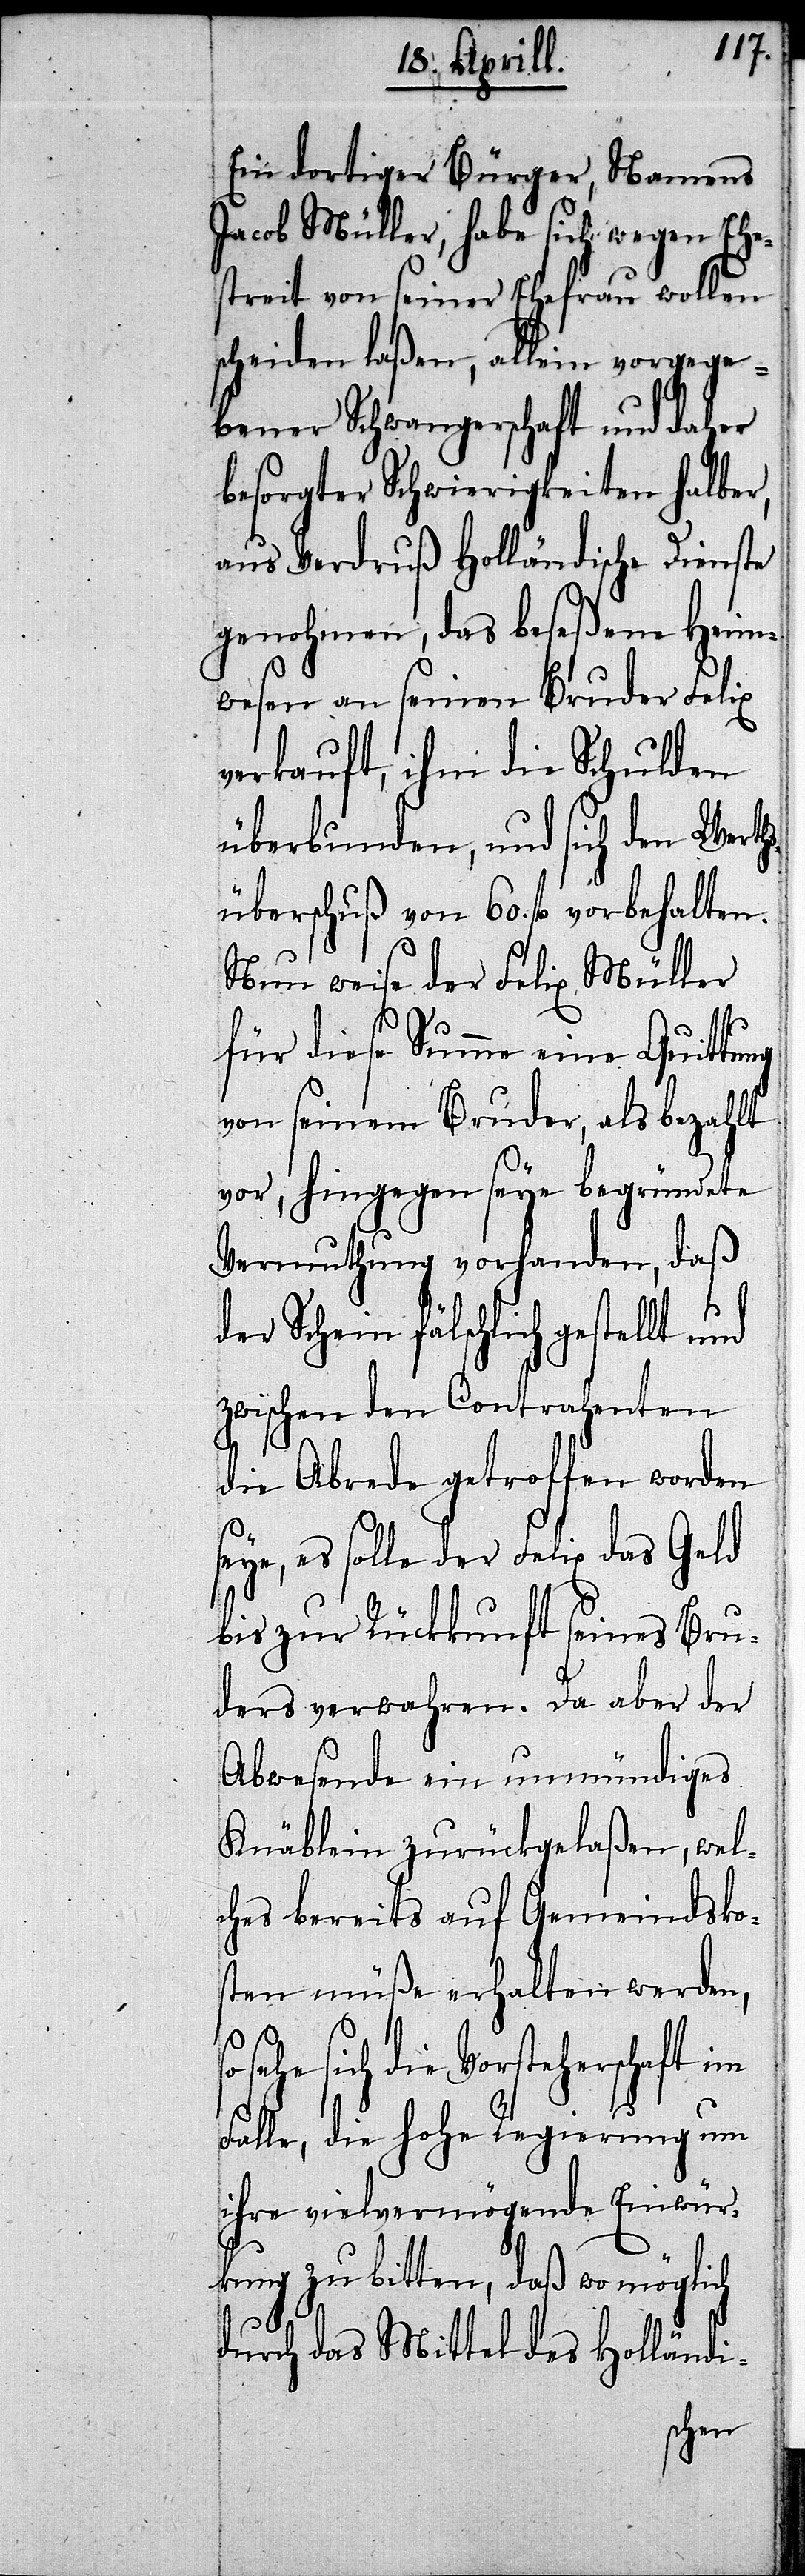
Ein dortiger Bürger, Namens
Jacob Müller, habe sich wegen Ehe¬
streit von seiner Ehefrau wollen
scheiden laßen, allein vorgege¬
bener Schwangerschaft und daher
besorgter Schwierigkeiten halber,
aus Verdruß Holländische Dienste
genohmen, das beseßene Heim¬
wesen an seinen Bruder Felix
verkauft, ihm die Schulden
überbunden, und sich den Werth¬
süberschuß von 60. fl. vorbehalten.
Nun weise der Felix Müller
für diese Summe eine Quittung
von seinem Bruder, als bezahlt
vor, hingegen seye begründete
Vermuthung vorhanden, daß
der Schein fälschlich gestellt
zwischen den Contrahenten
die Abrede getroffen worden
eye, es solle der Felix das Geld
bis zur Rückkunft seines Bru¬
ders verwahren. Da aber der
Abwesende ein unmündiges
Knäblein zurückgelaßen, wel¬
ches bereits auf Gemeindsko¬
sten müße erhalten werden,
sich die Vorsteherschaft im
Falle, die hohe Regierung um
ihre vielvermögende Einwür¬
kung zu bitten, daß wo möglich
s¬
durch das Mittel des Holländi-